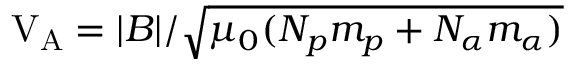
\mathrm { V _ { A } } = | B | / \sqrt { \mu _ { 0 } ( N _ { p } m _ { p } + N _ { \alpha } m _ { \alpha } ) }